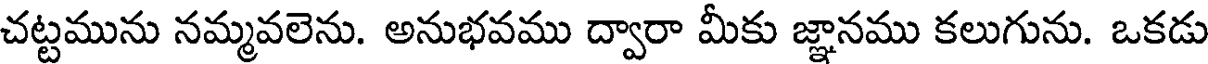
చట్టమును నమ్మవలెను. అనుభవము ద్వారా మీకు జ్ఞానము కలుగును. ఒకడు